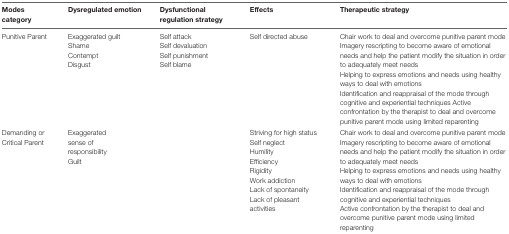
| Modes category | Dysregulated emotion | Dysfunctional regulation strategy | Effects | Therapeutic strategy |
 | --- | --- | --- | --- | --- |
 | Punitive Parent | Exaggerated guiltShameContemptDisgust | Self attackSelf devaluationSelf punishmentSelf blame | Self directed abuse | Chair work to deal and overcome punitive parent modeImagery rescripting to become aware of emotional needs and help the patient modify the situation in order to adequately meet needsHelping to express emotions and needs using healthy ways to deal with emotionsIdentification and reappraisal of the mode through cognitive and experiential techniques Active confrontation by the therapist to deal and overcome punitive parent mode using limited reparenting |
 | Demanding or Critical Parent | Exaggerated sense of responsibility Guilt |  | Striving for high status Self neglectHumilityEfficiencyRigidityWork addictionLack of spontaneityLack of pleasant activities | Chair work to deal and overcome punitive parent modeImagery rescripting to become aware of emotional needs and help the patient modify the situation in order to adequately meet needsHelping to express emotions and needs using healthy ways to deal with emotionsIdentification and reappraisal of the mode through cognitive and experiential techniquesActive confrontation by the therapist to deal and overcome punitive parent mode using limited reparenting |